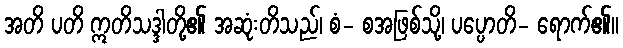
အတိ ပတိ ဣတိသဒ္ဒါတို့၏ အဆုံးတိသည်၊ စံ- စအဖြစ်သို့၊ ပပ္ပောတိ- ရောက်၏။